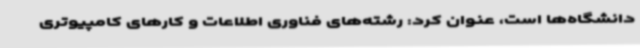
دانشگاه‌ها است، عنوان کرد: رشته‌های فناوری اطلاعات و کارهای کامپیوتری